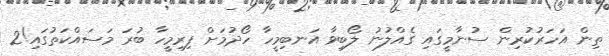
ތިން އަހަރުކުރިން ސުނާމީގައި ގެއްލުނު ލޯބިވާ އަނބިމީހާ ހޯދުމަށް ފިރިމީހާ ބުރަ މަސައްކަތުގައި!2